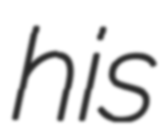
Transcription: his